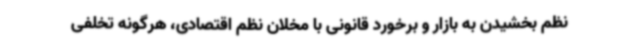
نظم بخشیدن به بازار و برخورد قانونی با مخلان نظم اقتصادی، هرگونه تخلفی